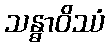
သန္ဓာဝိဿံ